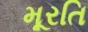
મૂરતિ